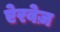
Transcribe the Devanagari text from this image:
ऐरवेज़